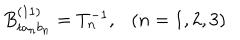
B _ { t a _ { n } b _ { n } } ^ { ( 1 1 ) } = T _ { n } ^ { - 1 } , \ \ \ ( n = 1 , 2 , 3 )